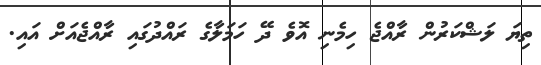
ތިޔަ ލަޝްކަރުން ރާއްޖެ ހިމެނި އޮވެ ދޭ ހަމަލާގެ ރައްދުގައި ރާއްޖެއަށް އައި.